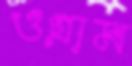
ওগ্রাম